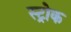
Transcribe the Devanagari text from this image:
स्‍ट्रोक